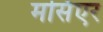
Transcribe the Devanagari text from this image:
मर्सिएर